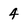
Character: 4